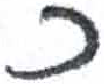
אות: כ